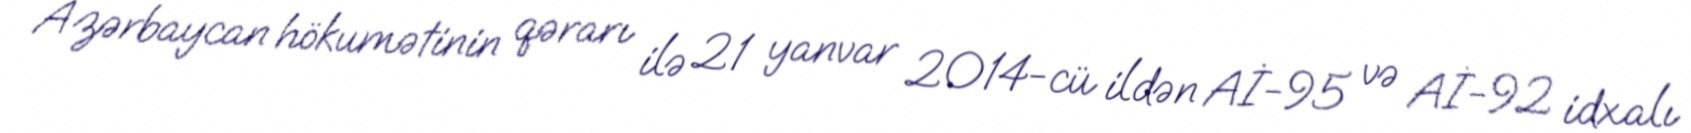
Azərbaycan hökumətinin qərarı ilə 21 yanvar 2014-cü ildən Aİ-95 və Aİ-92 idxalı